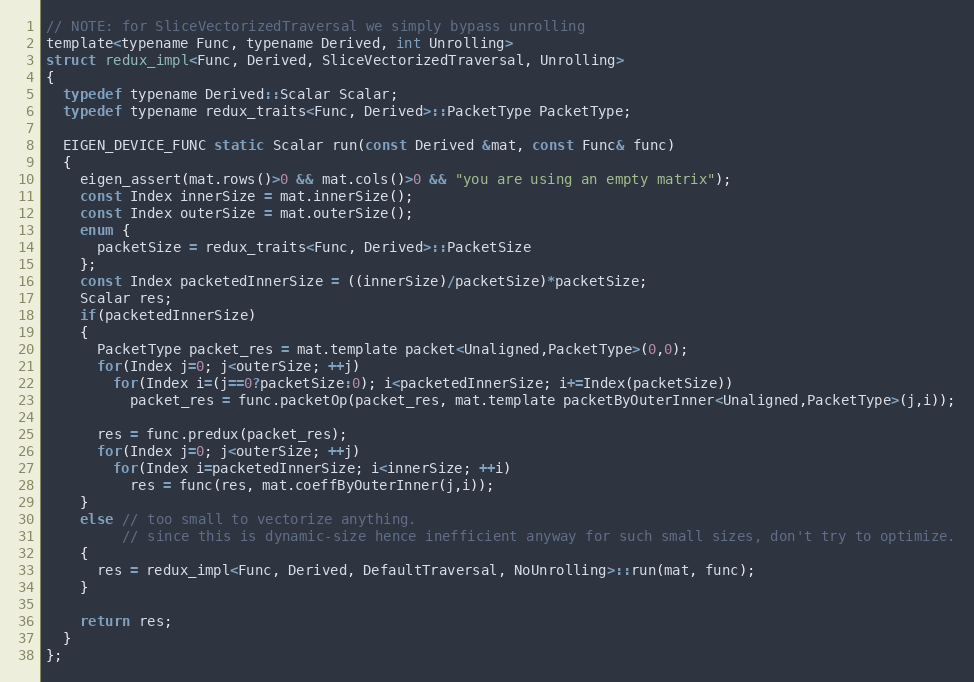
Language: C
// NOTE: for SliceVectorizedTraversal we simply bypass unrolling
template<typename Func, typename Derived, int Unrolling>
struct redux_impl<Func, Derived, SliceVectorizedTraversal, Unrolling>
{
  typedef typename Derived::Scalar Scalar;
  typedef typename redux_traits<Func, Derived>::PacketType PacketType;

  EIGEN_DEVICE_FUNC static Scalar run(const Derived &mat, const Func& func)
  {
    eigen_assert(mat.rows()>0 && mat.cols()>0 && "you are using an empty matrix");
    const Index innerSize = mat.innerSize();
    const Index outerSize = mat.outerSize();
    enum {
      packetSize = redux_traits<Func, Derived>::PacketSize
    };
    const Index packetedInnerSize = ((innerSize)/packetSize)*packetSize;
    Scalar res;
    if(packetedInnerSize)
    {
      PacketType packet_res = mat.template packet<Unaligned,PacketType>(0,0);
      for(Index j=0; j<outerSize; ++j)
        for(Index i=(j==0?packetSize:0); i<packetedInnerSize; i+=Index(packetSize))
          packet_res = func.packetOp(packet_res, mat.template packetByOuterInner<Unaligned,PacketType>(j,i));

      res = func.predux(packet_res);
      for(Index j=0; j<outerSize; ++j)
        for(Index i=packetedInnerSize; i<innerSize; ++i)
          res = func(res, mat.coeffByOuterInner(j,i));
    }
    else // too small to vectorize anything.
         // since this is dynamic-size hence inefficient anyway for such small sizes, don't try to optimize.
    {
      res = redux_impl<Func, Derived, DefaultTraversal, NoUnrolling>::run(mat, func);
    }

    return res;
  }
};